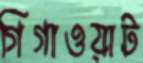
গিগাওয়াট